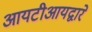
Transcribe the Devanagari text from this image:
आयटीआयद्वारे